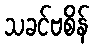
သခင်ဗစိန်